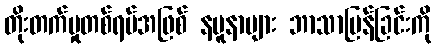
တိုးတက်မှုတစ်ရပ်အဖြစ် နမူနာများ ဘာသာပြန်ခြင်းကို